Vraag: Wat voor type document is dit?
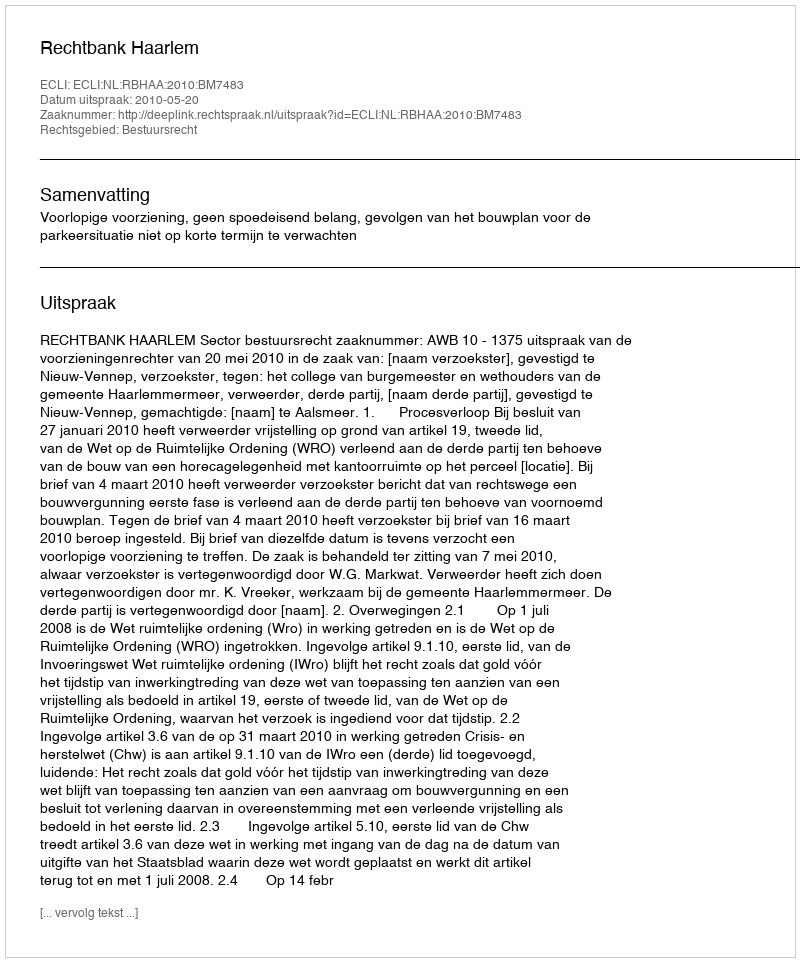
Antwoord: Uitspraak